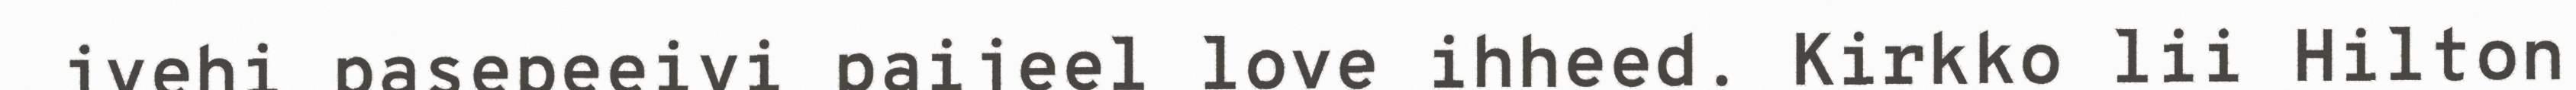
jyehi pasepeeivi paijeel love ihheed. Kirkko lii Hilton